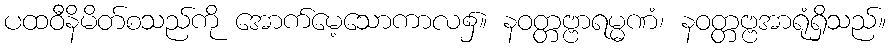
ပထဝီနိမိတ်စသည်ကို အောက်မေ့သောကာလ၌။ နဝတ္တဗ္ဗာရမ္မဏံ၊ နဝတ္တဗ္ဗအာရုံရှိသည်။